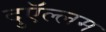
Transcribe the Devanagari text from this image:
दुऍल्लम